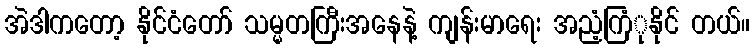
အဲဒါကတော့ နိုင်ငံတော် သမ္မတကြီးအနေနဲ့ ကျန်းမာရေး အညံ့ကြံုနိုင် တယ်။